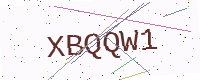
Text: XBQQW1